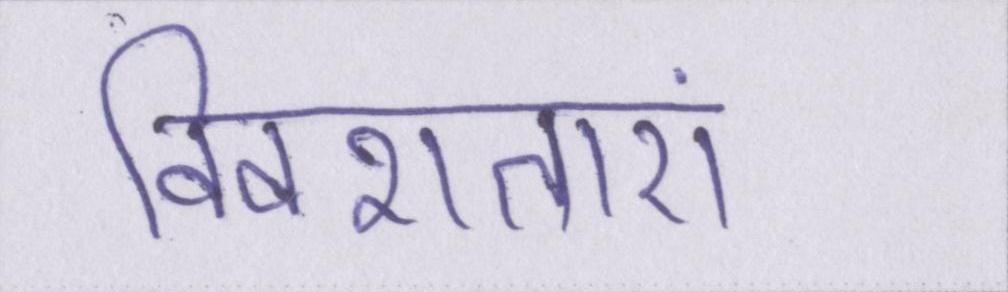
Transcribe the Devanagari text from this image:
विवशताएं